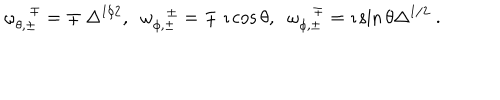
LaTeX: \omega _ { \theta , \pm } ^ { \mp } = \mp ~ \Delta ^ { 1 / 2 } , \; \; \omega _ { \phi , \pm } ^ { \pm } = \mp ~ \imath \cos { \theta } , \; \; \omega _ { \phi , \pm } ^ { \mp } = \imath \sin { \theta } \Delta ^ { 1 / 2 } ~ .